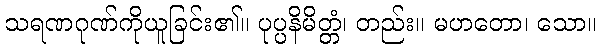
သရဏဂုဏ်ကိုယူခြင်း၏။ ပုပ္ပနိမိတ္တံ၊ တည်း။ မဟတော၊ သော။